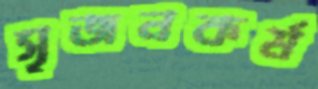
সৃজনকর্ম